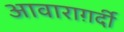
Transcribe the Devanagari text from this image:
आवाराग़र्दी